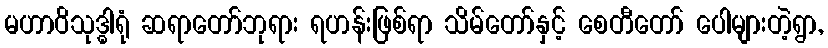
မဟာဝိသုဒ္ဓါရုံ ဆရာတော်ဘုရား ရဟန်းဖြစ်ရာ သိမ်တော်နှင့် စေတီတော် ပေါများတဲ့ရွာ,